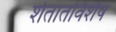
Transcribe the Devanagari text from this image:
शेतातविशेष